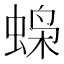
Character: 𫋇